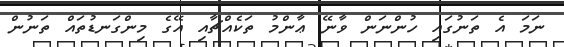
ނަމަ އެ ތަނުގައި ހުންނަން ވާނޭ ޢާންމު ތަކެއްޗާއި އޭގެ މިންގަނޑުތައް ތަނުން